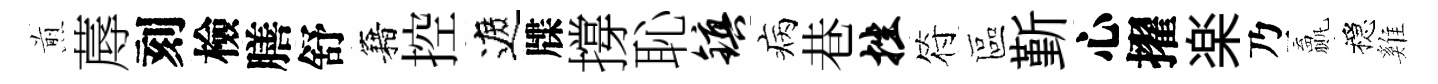
煎蓐刻檢膳舒籍控遮牒撐恥镇病巷挫符區斳心擢楽乃贏穩雞